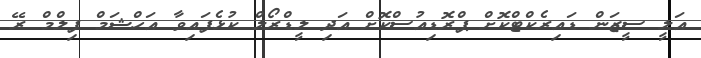
އަލީ ސީޒަން ޑައިރެކްޓްކޮށް ޕްރޮޑިއުސްކޮށް އަދި ލީޑްރޯލް ކުޅެފައިވާ އަހްޝަމް ފިލްމް ރޭ